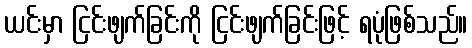
ယင်းမှာ ငြင်းဖျက်ခြင်းကို ငြင်းဖျက်ခြင်းဖြင့် ရပုံဖြစ်သည်။